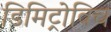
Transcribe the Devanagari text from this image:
डिमिट्रोविच